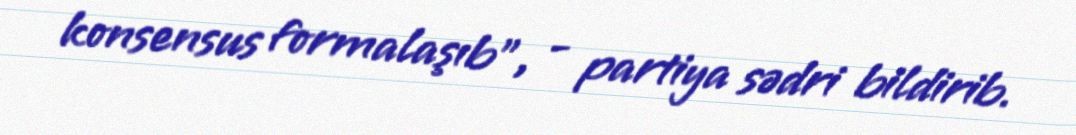
konsensus formalaşıb”, - partiya sədri bildirib.